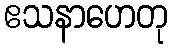
ဧသနာဟေတု